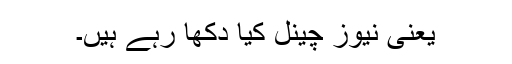
یعنی نیوز چینل کیا دکھا رہے ہیں۔